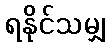
ရနိုင်သမျှ